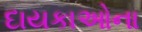
દાયકાઓના